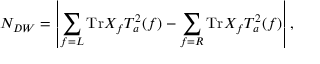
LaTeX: N _ { D W } = \left\vert \sum _ { f = L } \mathrm { T r } X _ { f } T _ { a } ^ { 2 } ( f ) - \sum _ { f = R } \mathrm { T r } X _ { f } T _ { a } ^ { 2 } ( f ) \large \right\vert ,